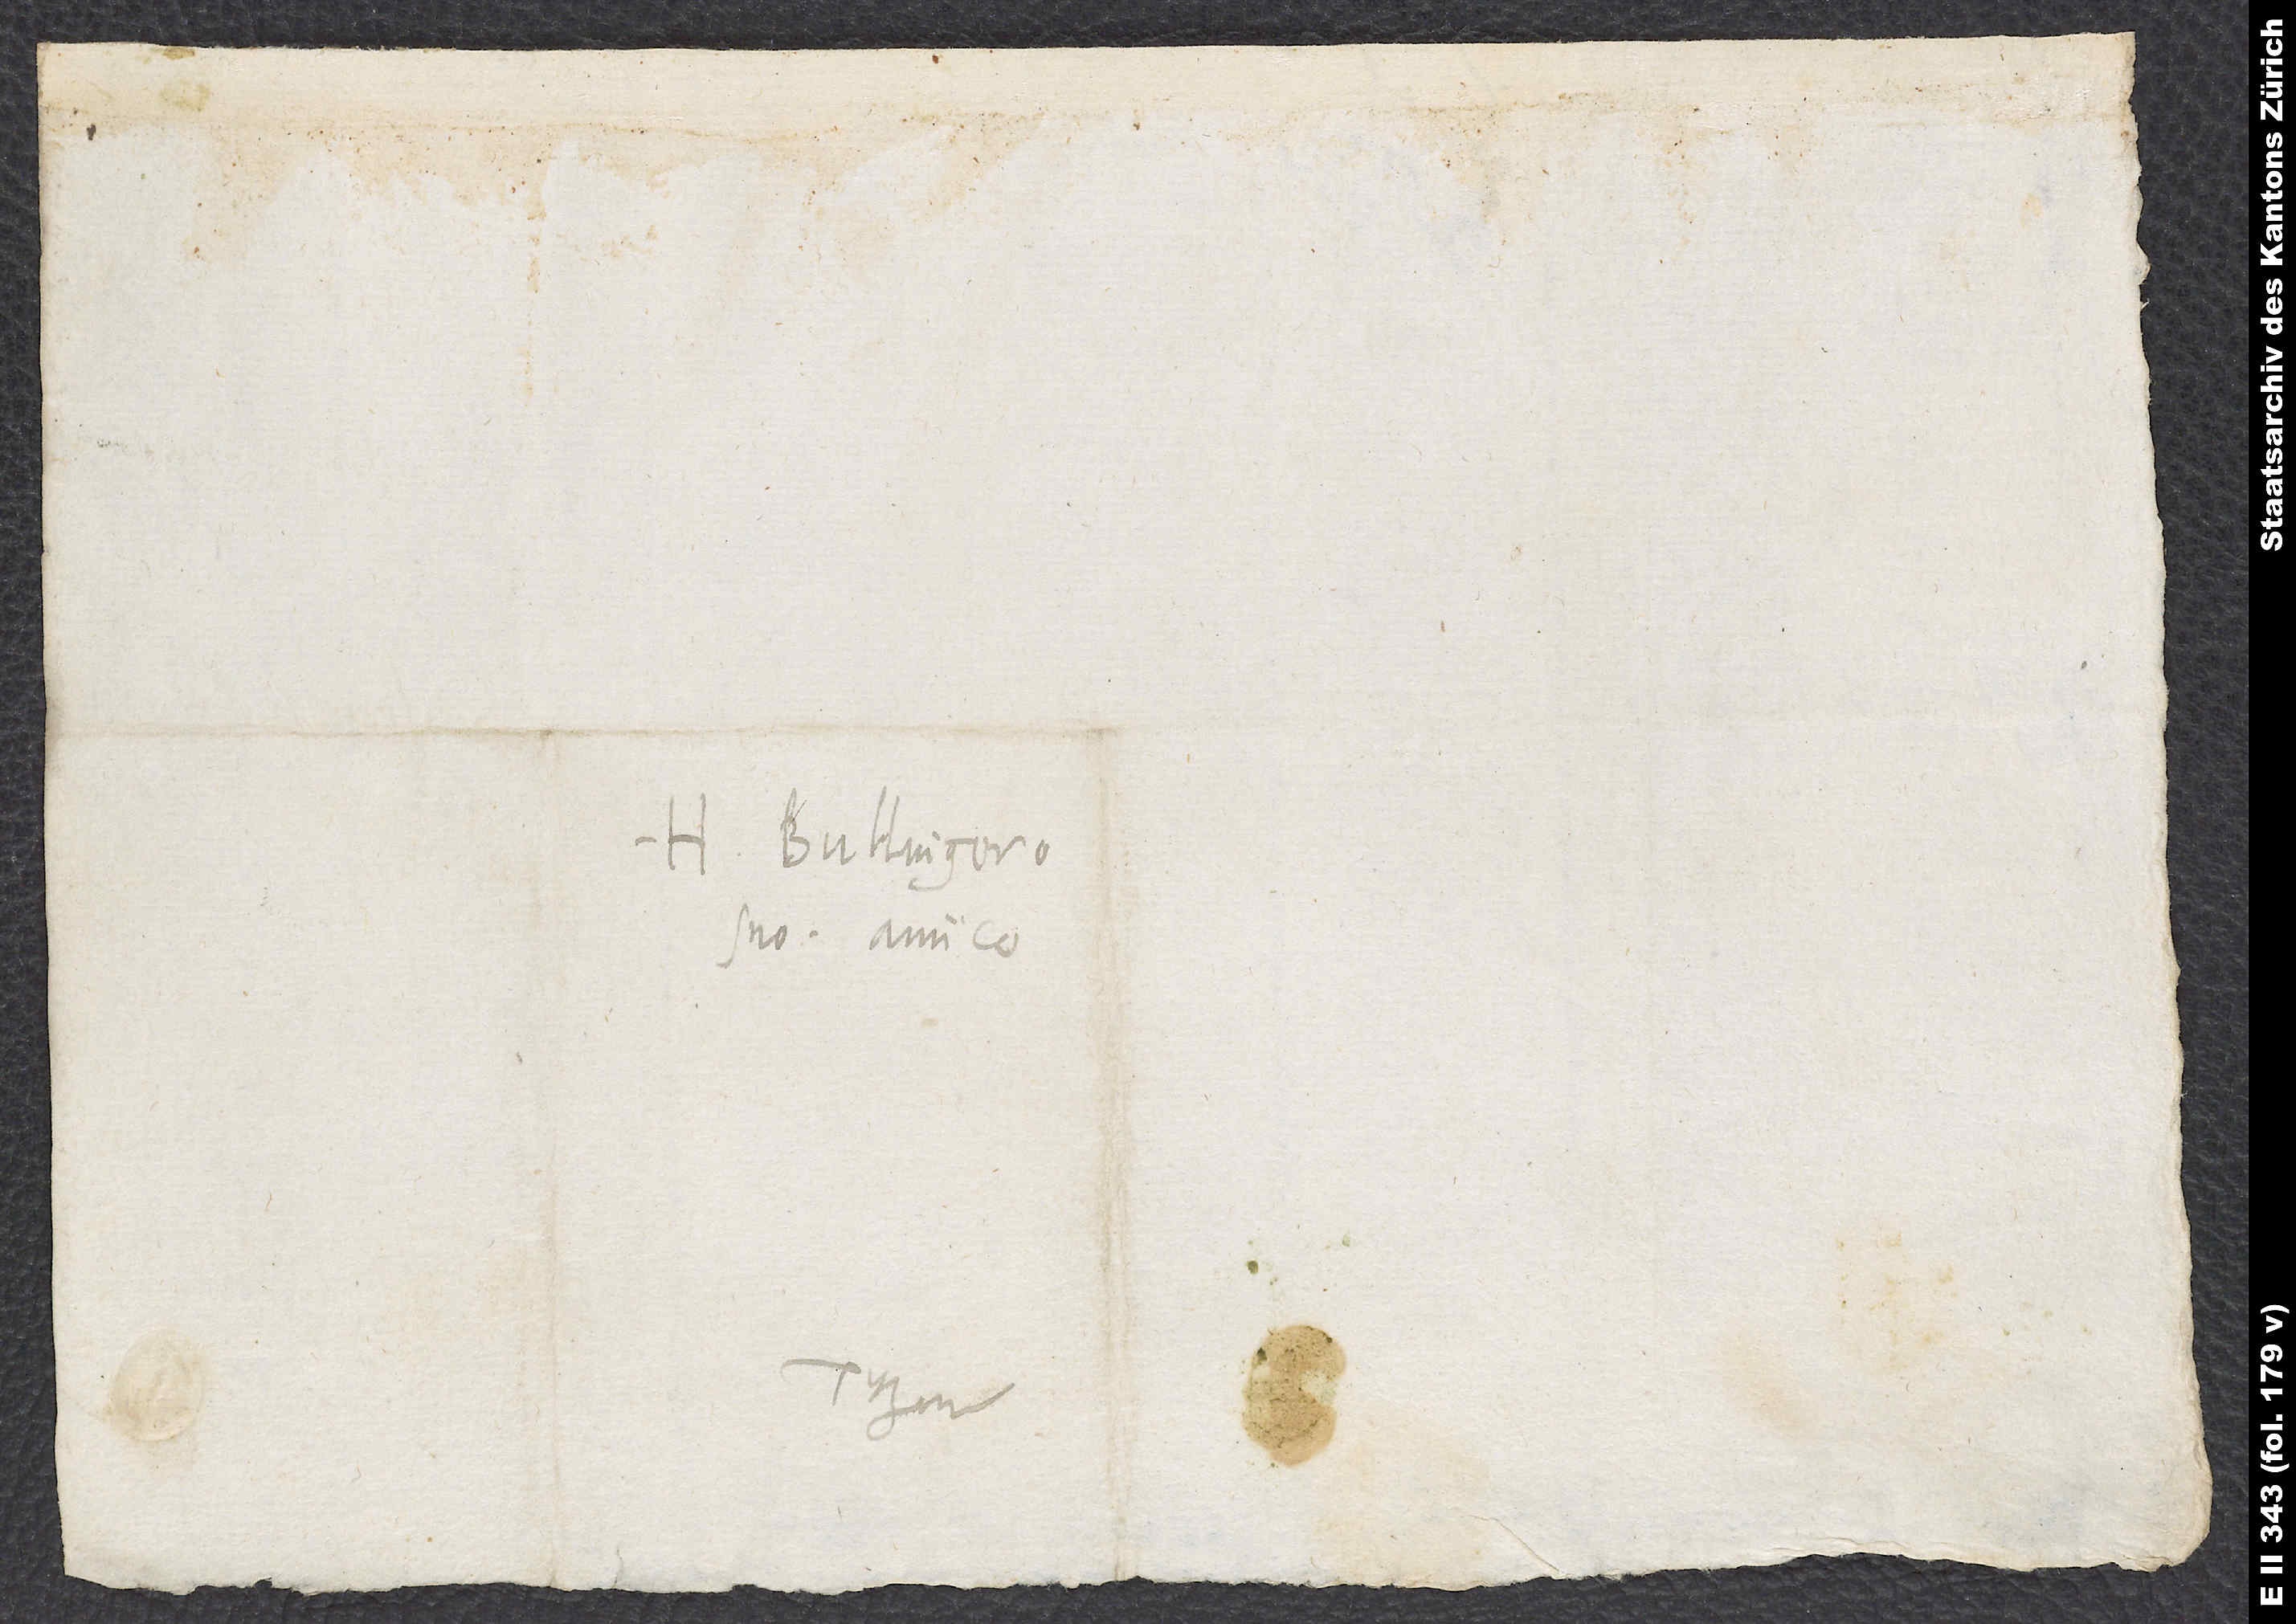
H. Bullingero
suo, amico.